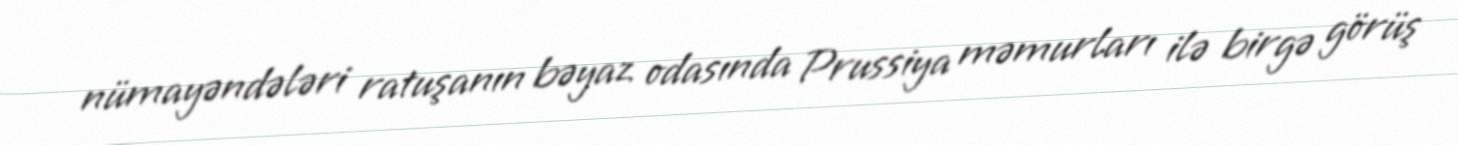
nümayəndələri ratuşanın bəyaz odasında Prussiya məmurları ilə birgə görüş